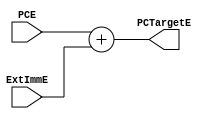
module PCTarget_adder(input[31:0]PCE,ExtImmE,output[31:0]PCTargetE);
    assign PCTargetE = PCE + ExtImmE;
endmodule